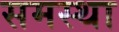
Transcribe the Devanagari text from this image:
समस्था